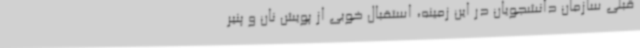
قبلی سازمان دانشجویان در این زمینه، استقبال خوبی از پویش نان و پنیر